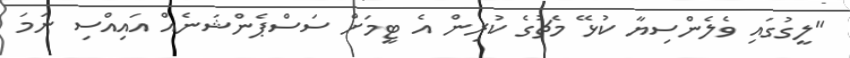
"ލީގުގައި ވެލެންސިޔާ ކުޅޭ މެޗުގެ ކުރިން އެ ޓީމަށް ސަސްޕެންޝަނެއް އައިއްސި ނަމަ